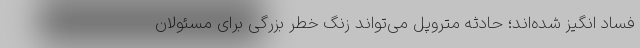
فساد انگیز شده‌اند؛ حادثه متروپل می‌تواند زنگ خطر بزرگی برای مسئولان